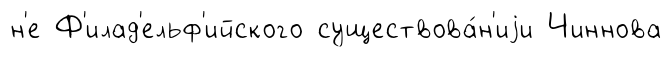
н'е Ф'илад'ельф'ийского существова́н'иjи Чиннова